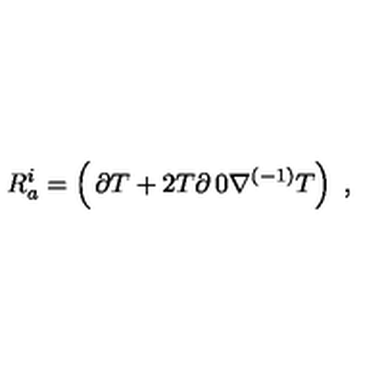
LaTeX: R _ { a } ^ { i } = \left( \begin{matrix} { \partial T + 2 T \partial } & { 0 } \\ { \nabla ^ { ( - 1 ) } } & { T } \\ \end{matrix} \right) \ ,